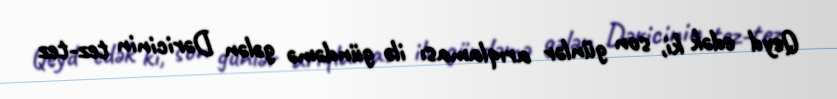
Qeyd edək ki, son günlər arıqlaması ilə gündəmə gələn Dəricinin tez-tez